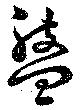
盤